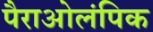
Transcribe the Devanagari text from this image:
पैराओलंपिक